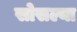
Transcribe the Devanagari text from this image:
सोसल्या